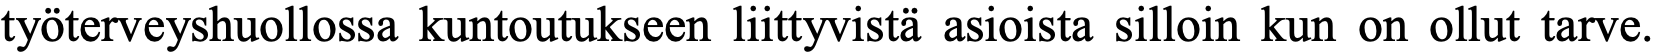
työterveyshuollossa kuntoutukseen liittyvistä asioista silloin kun on ollut tarve.